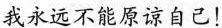
我永远不能原谅自己！